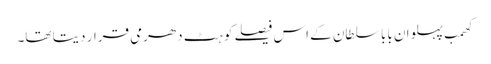
کھمب پہلوان بابا سلطان کے اس فیصلے کو ہٹ دھرمی قرار دیتا تھا۔